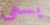
يسعى